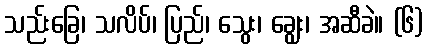
သည်းခြေ၊ သလိပ်၊ ပြည်၊ သွေး၊ ချွေး၊ အဆီခဲ။ (၆)